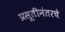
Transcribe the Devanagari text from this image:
प्रसूतीनंतरचे